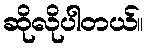
ဆိုလိုပါတယ်။